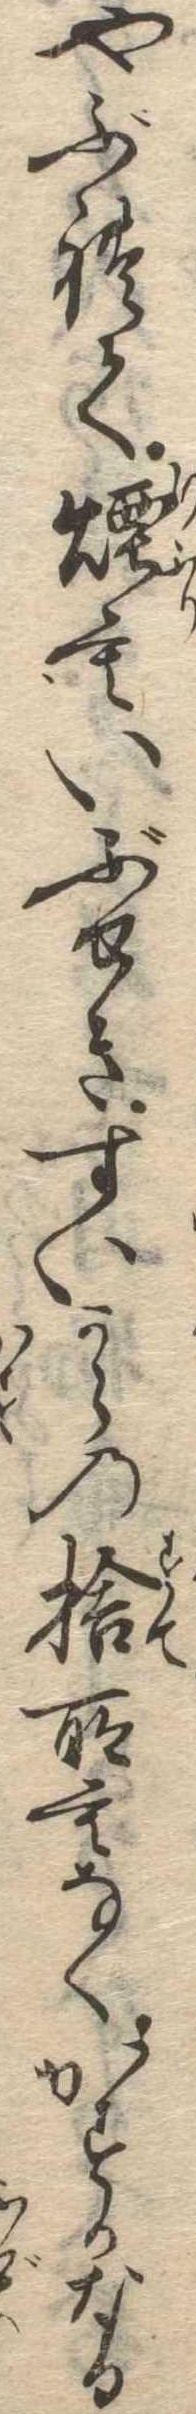
やぶれて煙もいぶせきすいからの捨所もなくかすかなる